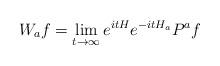
LaTeX: \begin{align*}W_af=\lim_{t\to\infty}e^{itH}e^{-itH_a}P^af\end{align*}